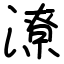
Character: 潦